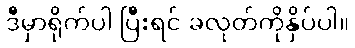
ဒီမှာရိုက်ပါ ပြီးရင် ခလုတ်ကိုနှိပ်ပါ။